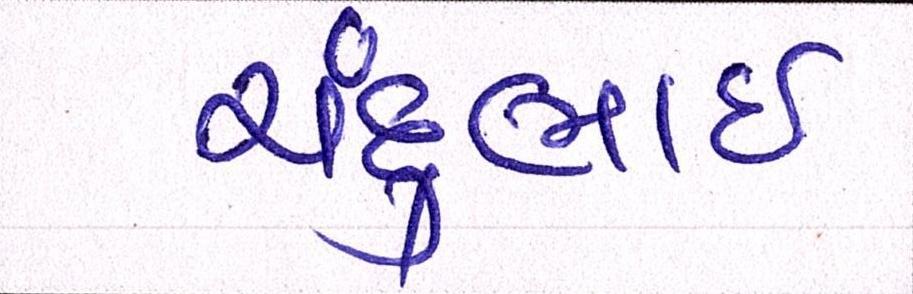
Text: ચંદુભાઈ